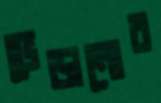
ভেড়ানোর